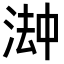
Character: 𬈅